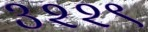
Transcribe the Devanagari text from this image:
३२२९